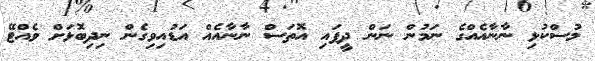
މުސްކުޅި ނާނާއެއްގެ ނަމުން ނަން ދީފައި އޮތަސް ނާނާއެއް އަޑުއިވިގެން ނިދިބޮޅަށް ވެއްޓޭ